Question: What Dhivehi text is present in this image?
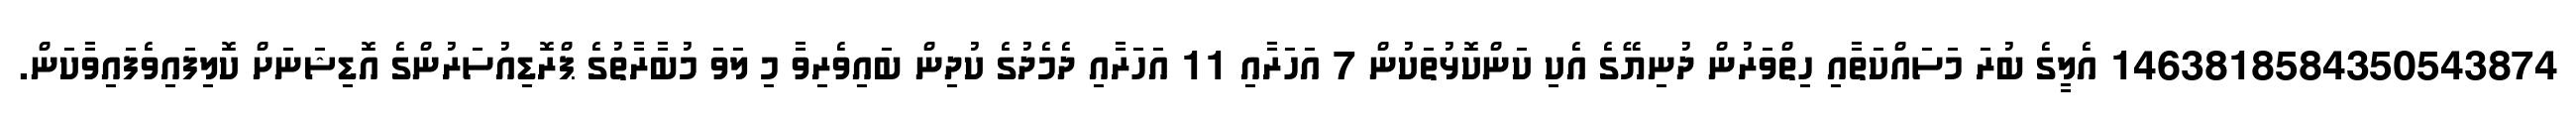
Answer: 1463818584350543874 އެލީގެ ބުރަ މަސައްކަތާއި ހިތްވަރުން ދުނިޔޭގެ އެކި ކަންކޮޅުތަކުން 7 އަހަރާއި 11 އަހަރާއި ދެމެދުގެ ކުދިން ބައިވެރިވާ މި ލަވަ މުބާރާތުގެ ޕްރޮޑިއުސަރުންގެ އޮޑިޝަނަށް ކޮލިފައިވެފައިވާކަން.